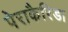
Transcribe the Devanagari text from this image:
पेराकैरिडा